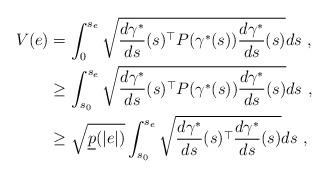
LaTeX: \begin{align*}V(e) & = \int_0^{s_e} \sqrt{\frac{d\gamma^*}{ds}(s)^\top P(\gamma^*(s))\frac{d\gamma^*}{ds}(s)}ds\ ,\\& \geq \int_{s_0}^{s_e} \sqrt{\frac{d\gamma^*}{ds}(s)^\top P(\gamma^*(s))\frac{d\gamma^*}{ds}(s)}ds\ ,\\& \geq \sqrt{\underline p(|e|)}\int_{s_0}^{s_e} \sqrt{\frac{d\gamma^*}{ds}(s)^\top \frac{d\gamma^*}{ds}(s)}ds\ ,\end{align*}